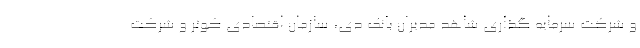
و شرکت سرمایه گذاری شاهد مدیران بانک دی، سازمان اقتصادی کوثر و شرکت